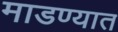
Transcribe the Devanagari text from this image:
माडण्यात